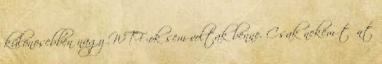
különösebben nagy WTF-ok sem voltak benne. Csak nekem tűnt